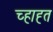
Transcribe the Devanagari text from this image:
च्हाह्त